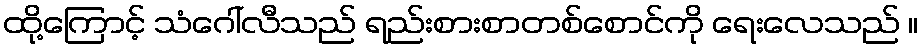
ထို့ကြောင့် သံဂေါ်လီသည် ရည်းစားစာတစ်စောင်ကို ရေးလေသည် ။